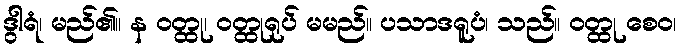
ဒွါရံ၊ မည်၏။ န ဝတ္ထု၊ ဝတ္ထုရုပ် မမည်။ ပသာဒရူပံ၊ သည်။ ဝတ္ထု စေဝ၊